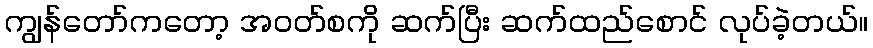
ကျွန်တော်ကတော့ အဝတ်စကို ဆက်ပြီး ဆက်ထည်စောင် လုပ်ခဲ့တယ်။